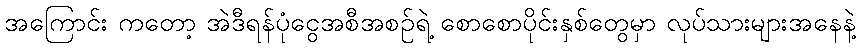
အကြောင်း ကတော့ အဲဒီရန်ပုံငွေအစီအစဉ်ရဲ့ စောစောပိုင်းနှစ်တွေမှာ လုပ်သားများအနေနဲ့